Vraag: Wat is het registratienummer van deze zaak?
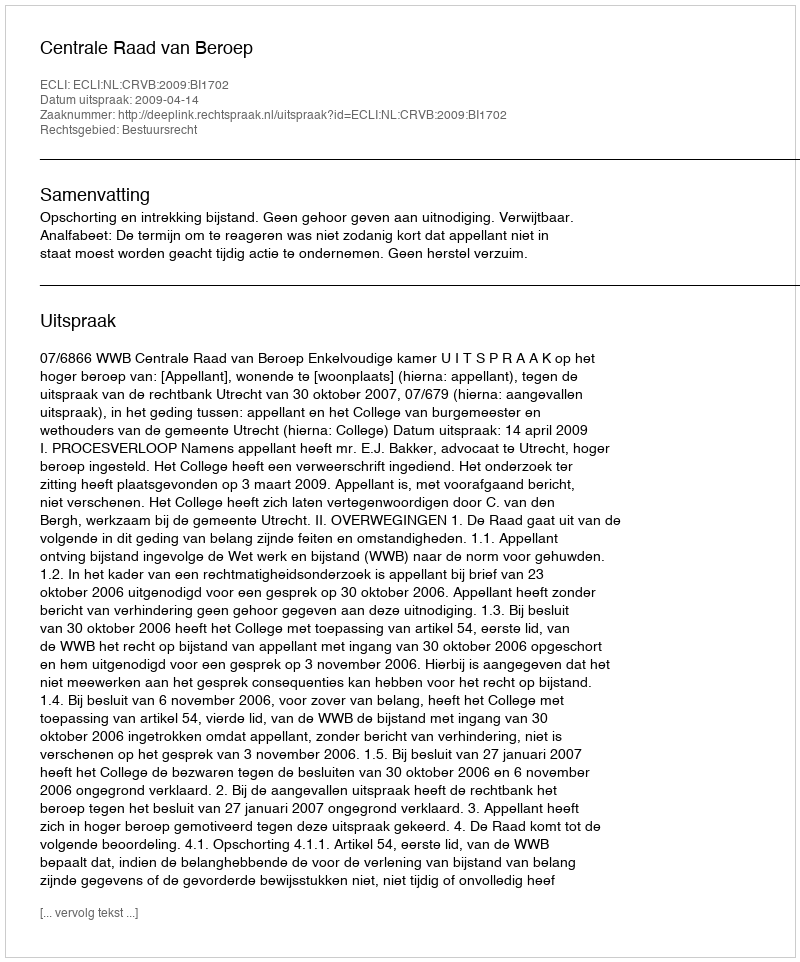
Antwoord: http://deeplink.rechtspraak.nl/uitspraak?id=ECLI:NL:CRVB:2009:BI1702